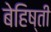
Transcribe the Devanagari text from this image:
बेहिष्ती